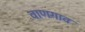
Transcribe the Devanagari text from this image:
वाणगाव